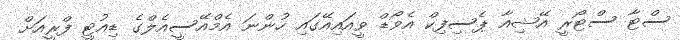
ސްޓާ ސްޓޯރީ އޭޝިއާ ޕެސިފިކް އެވޯޑް ވީއައިއޭގައި ހުންނަ އެމްއޭސީއެލްގެ ޑިއުޓީ ފްރީއަށް